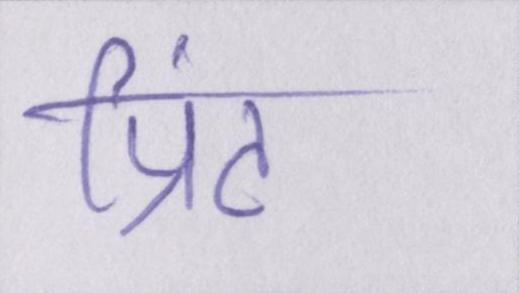
प्रिंट